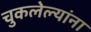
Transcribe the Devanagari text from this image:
चुकलेल्यांना